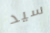
سيد